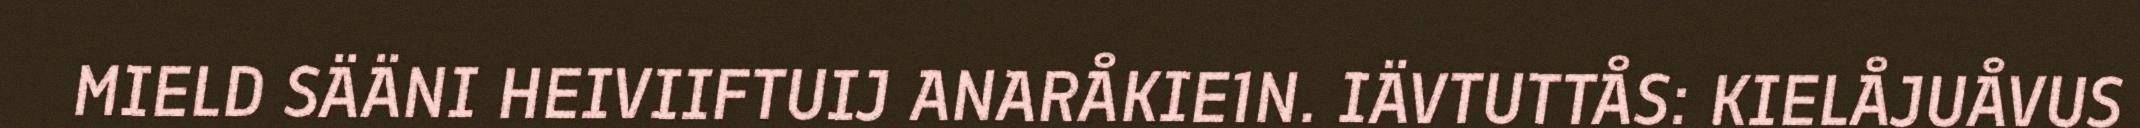
MIELD SÄÄNI HEIVIIFTUIJ ANARÅKIE1N. IÄVTUTTÅS: KIELÅJUÅVUS